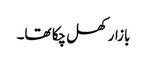
بازار کھل چکا تھا۔